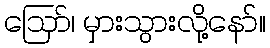
ဪ၊ မှားသွားလို့နော်။